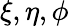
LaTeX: \xi,\eta,\phi